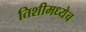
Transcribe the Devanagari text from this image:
तिशीमध्येच